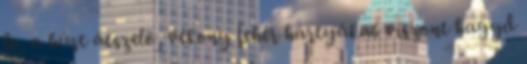
le, a húst átszelő, vékony fehér hártyákat viszont hagyd